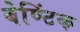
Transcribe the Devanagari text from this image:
बेण्टिंक